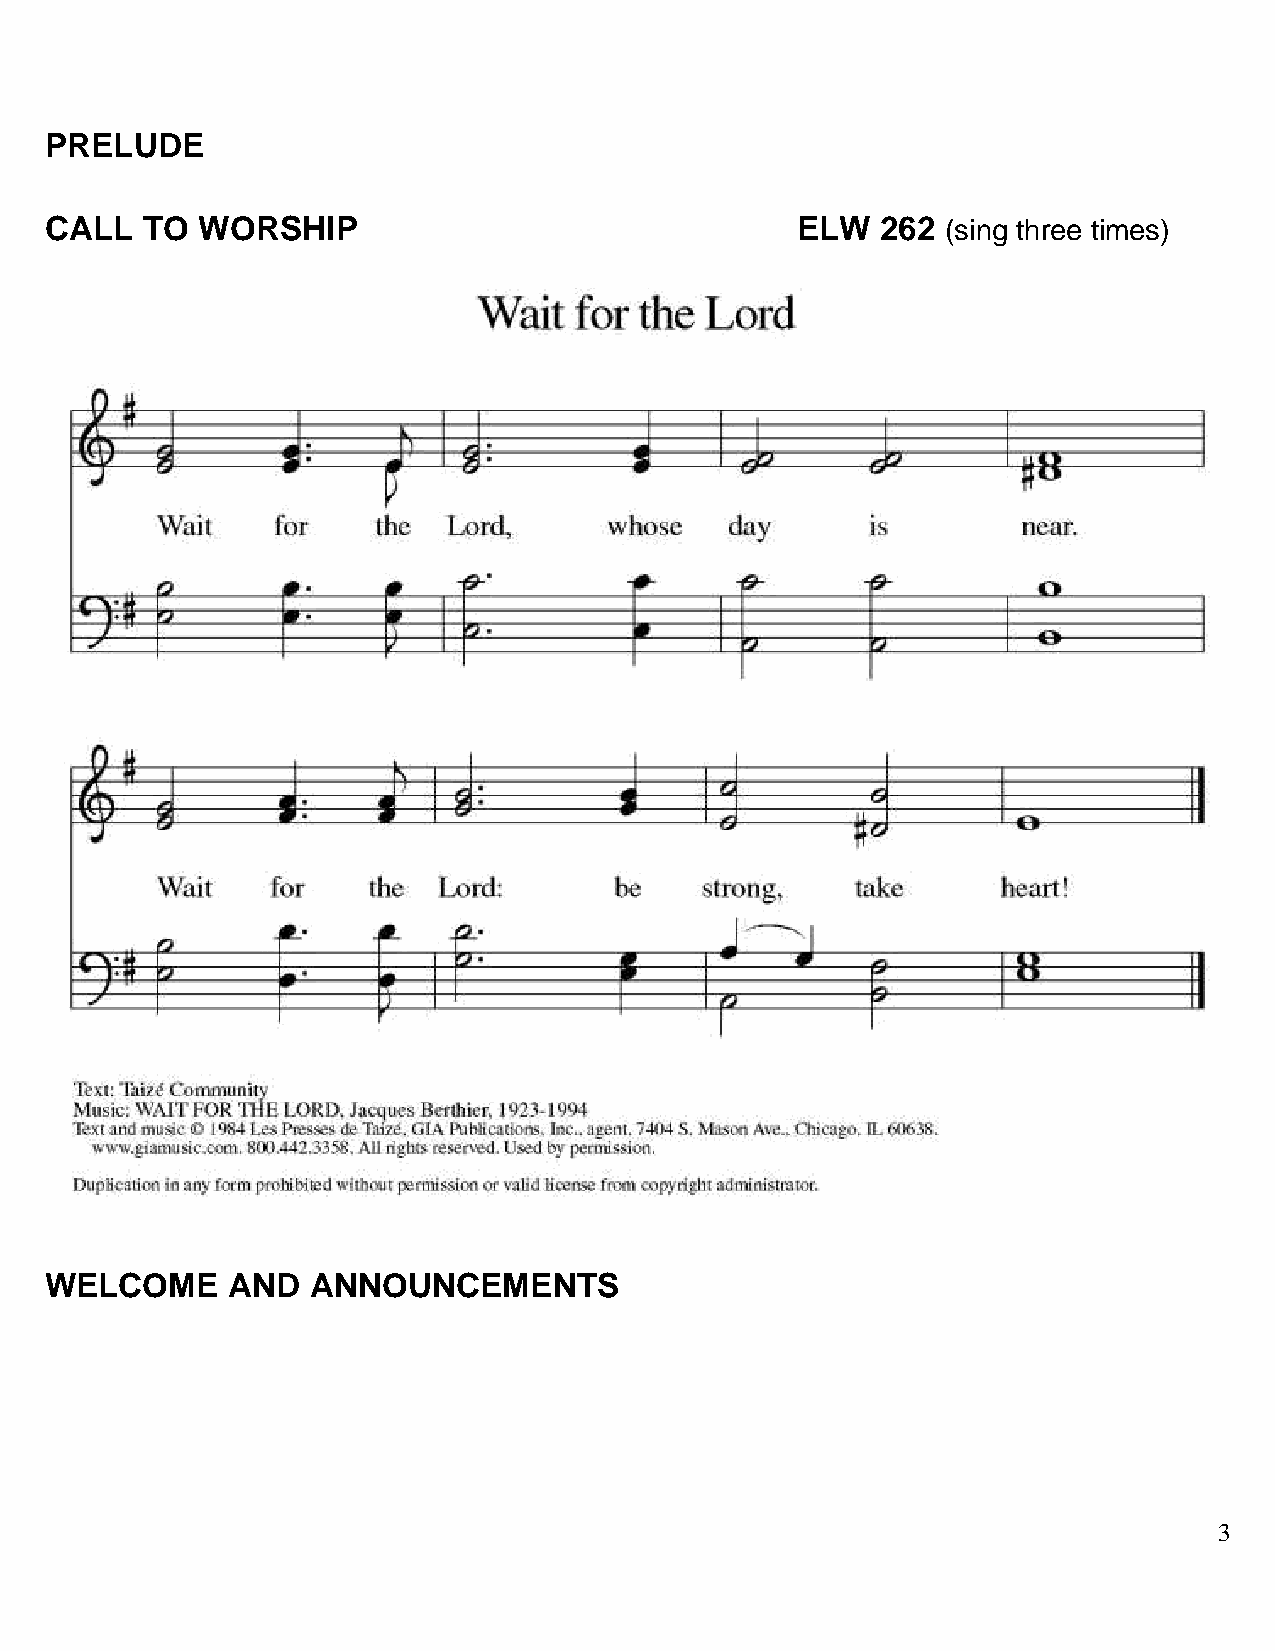
PRELUDE
 CALL  TO  WORSHIP                                 ELW  262  (sing three times)
 WELCOME     AND  ANNOUNCEMENTS
 3